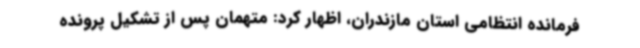
فرمانده انتظامی استان مازندران، اظهار کرد: متهمان پس از تشکیل پرونده